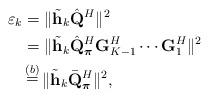
LaTeX: \begin{align*}\varepsilon_k &= \| \tilde{\mathbf{h}}_k \hat{\mathbf{Q}}^H \|^2\\& = \| \tilde{\mathbf{h}}_k \hat{\mathbf{Q}}_{\boldsymbol{\pi}}^H\mathbf{G}_{K-1}^H \cdots \mathbf{G}_{1}^H\|^2 \\& \mathop = \limits^{(b)} \| \tilde{\mathbf{h}}_k \bar{\mathbf{Q}}_{\boldsymbol{\pi}}^H \|^2,\end{align*}